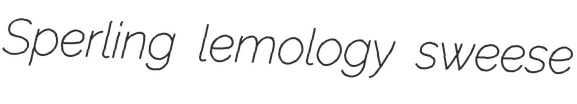
Sperling lemology sweese